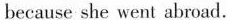
because she went abroad.